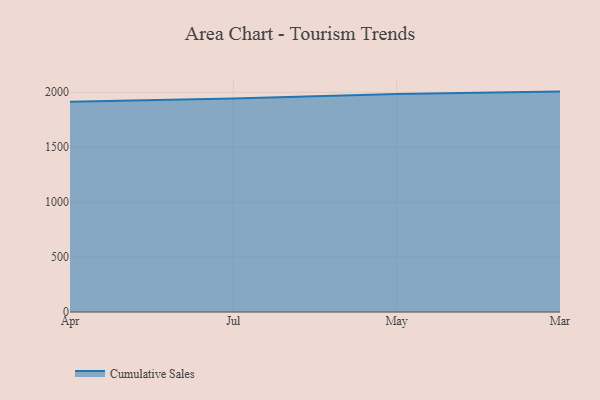
{"axis": {"x": "Month", "y": "Churn Rate (%)"}, "legend": ["Cumulative Sales"], "data": [{"x": "Apr", "y": 1913.7, "type": "Cumulative Sales"}, {"x": "Jul", "y": 1944.2, "type": "Cumulative Sales"}, {"x": "May", "y": 1983.3, "type": "Cumulative Sales"}, {"x": "Mar", "y": 2006.2, "type": "Cumulative Sales"}]}